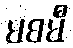
မစမီ